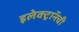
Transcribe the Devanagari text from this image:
इलेक्ट्राॅनची